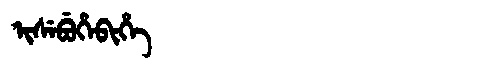
Manchu: ᡳᠰᡝᠪᡠᡥᡝᠪᡳᡥᡝ
Romanization: ISEBUHEBIHE